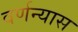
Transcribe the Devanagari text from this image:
वर्णन्यास